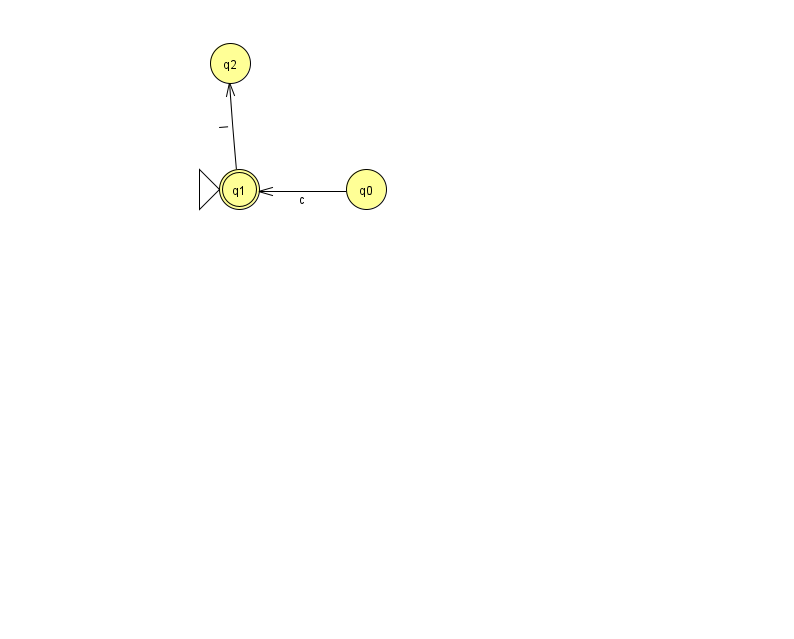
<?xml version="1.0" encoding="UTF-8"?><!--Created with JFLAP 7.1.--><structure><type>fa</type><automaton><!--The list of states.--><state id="0" name="q0"><x>366.0</x><y>176.0</y></state><state id="1" name="q1"><x>239.0</x><y>176.0</y><initial/><final/></state><state id="2" name="q2"><x>230.0</x><y>50.0</y></state><!--The list of transitions.--><transition><from>0</from><to>1</to><read>c</read></transition><transition><from>1</from><to>2</to><read>l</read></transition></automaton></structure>